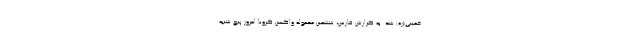
خمینی(ره) شد. به گزارش فارس، ششمین محموله واکسن کرونا امروز پنج شنبه‌